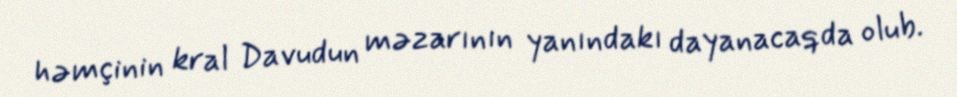
həmçinin kral Davudun məzarının yanındakı dayanacaqda olub.